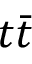
t \bar { t }